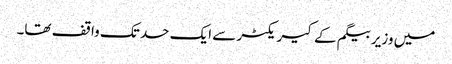
میں وزیر بیگم کے کیریکٹر سے ایک حد تک واقف تھا۔